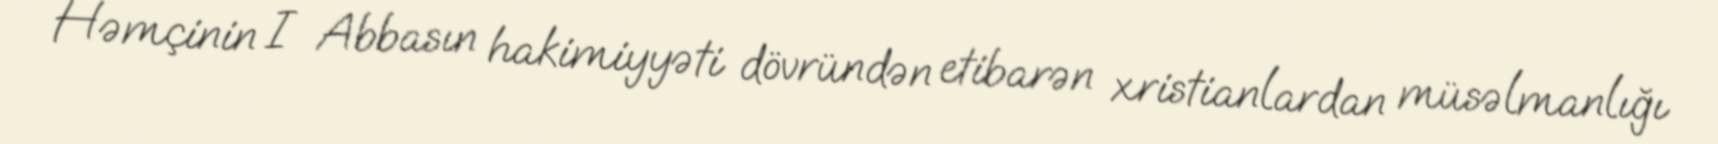
Həmçinin I Abbasın hakimiyyəti dövründən etibarən xristianlardan müsəlmanlığı